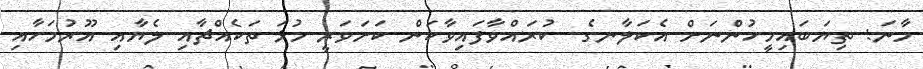
މާނަ: ތިޔަބައިމީހުންނަށް އެކަލާނގެ  ކުރައްވާފައިވާކަން ކަށަވަރީ މުޅަ ތަކެއްޗާއި ލެޔާއި އޫރުމަހާއި